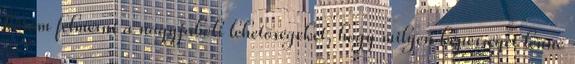
köröm felmérni a nagyjábóli lehetőségeket, hogy milyen képességet lenne